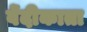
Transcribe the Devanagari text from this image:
वेंदीकाता